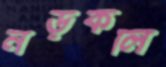
নড়কলি